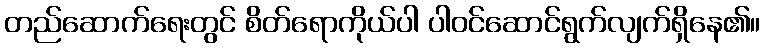
တည်ဆောက်ရေးတွင် စိတ်ရောကိုယ်ပါ ပါဝင်ဆောင်ရွက်လျက်ရှိနေ၏။